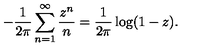
- \frac { 1 } { 2 \pi } \sum _ { n = 1 } ^ { \infty } \frac { z ^ { n } } { n } = \frac { 1 } { 2 \pi } \log ( 1 - z ) .